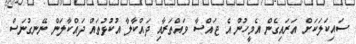
ސައިކަލަކަށް އަރައިގެން އެމީހުން އެ ޖައްސާ ވައްތަރާއި ދައްކާލާ އުކުޅުތައް ދައްކާލަން ނޭނގުނަސް